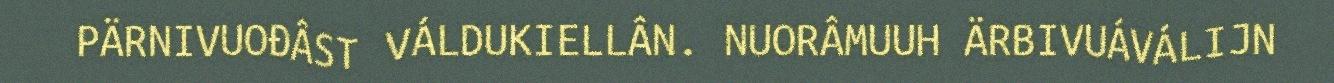
PÄRNIVUOĐÂST VÁLDUKIELLÂN. NUORÂMUUH ÄRBIVUÁVÁLIJN